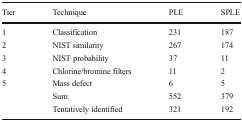
<table><thead><tr><td><b>Tier</b></td><td><b>Technique</b></td><td><b>PLE</b></td><td><b>SPLE</b></td></tr></thead><tbody><tr><td>1</td><td>Classification</td><td>231</td><td>187</td></tr><tr><td>2</td><td>NIST similarity</td><td>267</td><td>174</td></tr><tr><td>3</td><td>NIST probability</td><td>37</td><td>11</td></tr><tr><td>4</td><td>Chlorine/bromine filters</td><td>11</td><td>2</td></tr><tr><td>5</td><td>Mass defect</td><td>6</td><td>5</td></tr><tr><td></td><td>Sum</td><td>552</td><td>379</td></tr><tr><td></td><td>Tentatively identified</td><td>321</td><td>192</td></tr></tbody></table>